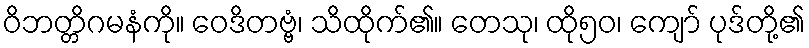
ဝိဘတ္တိဂမနံကို။ ဝေဒိတဗ္ဗံ၊ သိထိုက်၏။ တေသု၊ ထို၅၀၊ ကျော် ပုဒ်တို့၏